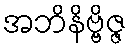
အဘိနိဗ္ဗိဇ္ဇ